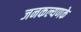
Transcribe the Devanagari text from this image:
जनकल्यणके